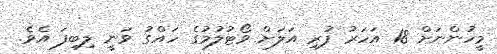
މީހުންނަށް 18 އަހަރު ފުރި އަލަށް ވޯޓުލުމުގެ ހައްގު ވަނީ ލިބިފަ އެވެ.